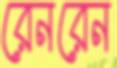
রেনরেন